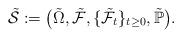
LaTeX: \begin{align*}\tilde{\mathcal{S}}:=\bigl(\tilde{\Omega},\tilde{\mathcal{F}}, \{\tilde{\mathcal{F}}_t\}_{t\ge 0},\tilde{\mathbb{P}}\bigr).\end{align*}